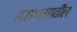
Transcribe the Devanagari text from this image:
तंत्रशास्त्रातील